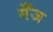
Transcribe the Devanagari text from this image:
गँज